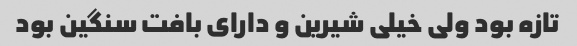
تازه بود ولی خیلی شیرین و دارای بافت سنگین بود